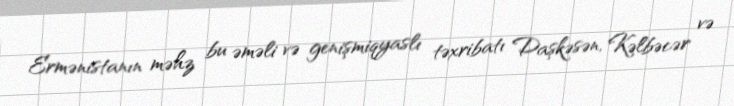
Ermənistanın məhz bu əməli və genişmiqyaslı təxribatı Daşkəsən, Kəlbəcər və